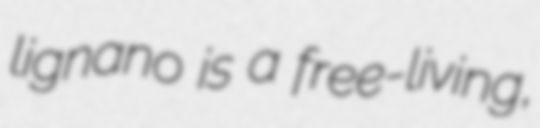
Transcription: lignano is a free-living,